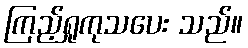
ကြည့်ရှုကုသပေး သည်။